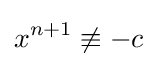
x^{n+1}\not \equiv -c